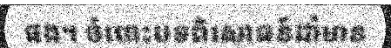
ផង។ ចំពោះបទពិសោធន៍ដាំមាន